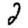
Digit: 2